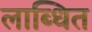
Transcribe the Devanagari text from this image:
लाब्धित